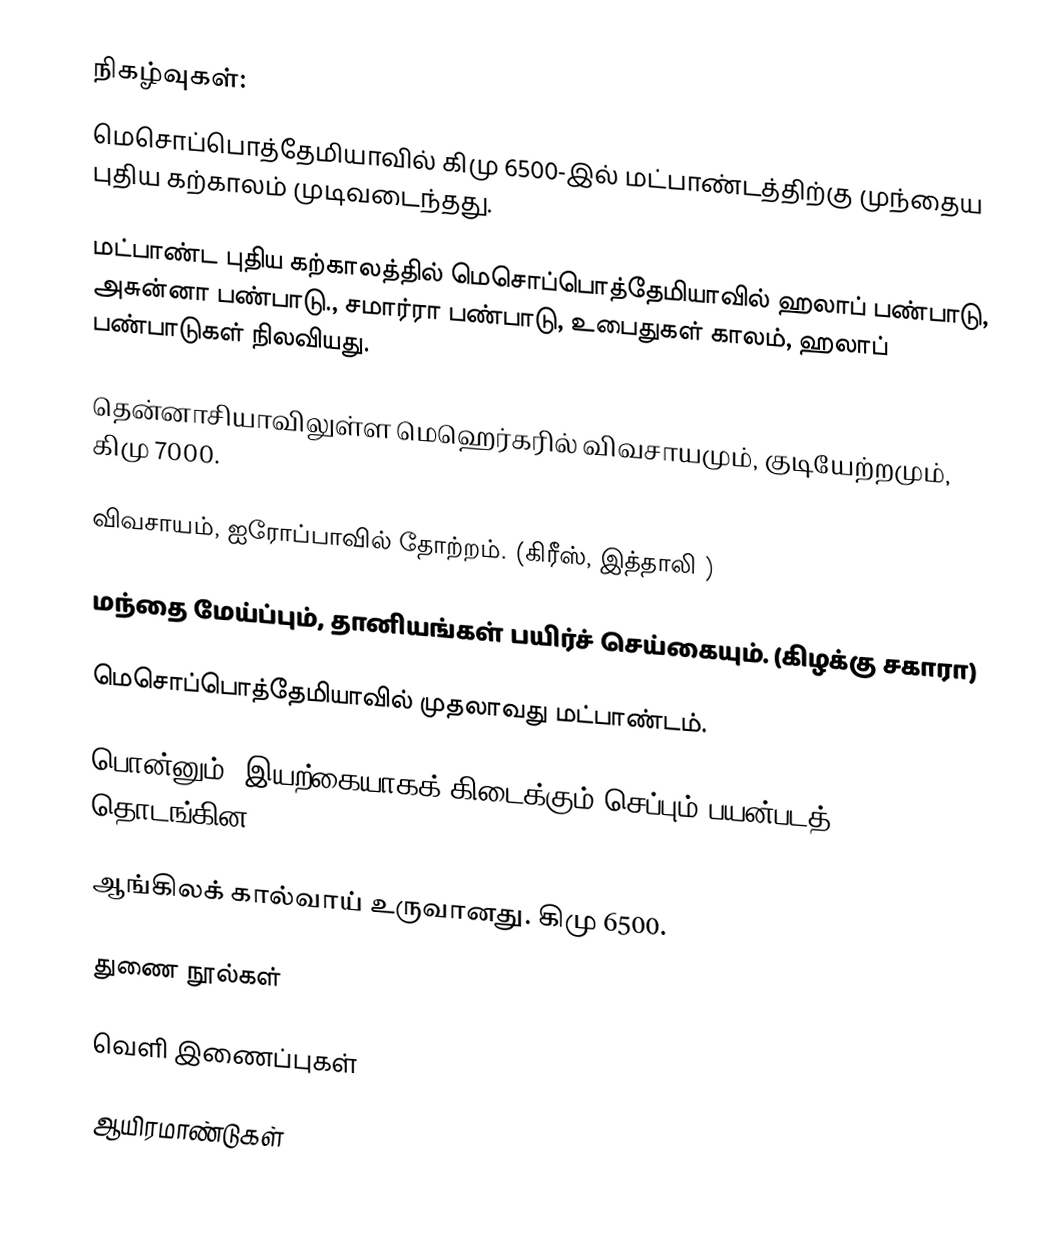
நிகழ்வுகள்:
 மெசொப்பொத்தேமியாவில் கிமு 6500-இல்  மட்பாண்டத்திற்கு முந்தைய புதிய கற்காலம் முடிவடைந்தது.

 மட்பாண்ட புதிய கற்காலத்தில் மெசொப்பொத்தேமியாவில் ஹலாப் பண்பாடு, அசுன்னா பண்பாடு., சமார்ரா பண்பாடு,  உபைதுகள் காலம், ஹலாப் பண்பாடுகள் நிலவியது.

 தென்னாசியாவிலுள்ள மெஹெர்கரில் விவசாயமும், குடியேற்றமும், கிமு 7000.

 விவசாயம், ஐரோப்பாவில் தோற்றம். (கிரீஸ், இத்தாலி )

 மந்தை மேய்ப்பும், தானியங்கள் பயிர்ச் செய்கையும். (கிழக்கு சகாரா)

 மெசொப்பொத்தேமியாவில் முதலாவது மட்பாண்டம்.

 பொன்னும், இயற்கையாகக் கிடைக்கும் செப்பும் பயன்படத் தொடங்கின.

 ஆங்கிலக் கால்வாய் உருவானது. கிமு 6500.

துணை நூல்கள்

வெளி இணைப்புகள்

ஆயிரமாண்டுகள்